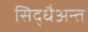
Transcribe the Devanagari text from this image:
सिद्धैअन्त